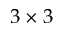
3 \times 3